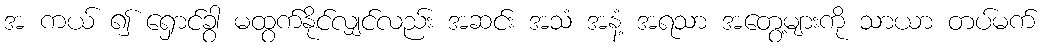
အ ကယ် ၍ ရှောင်ခွာ မထွက်နိုင်လျှင်လည်း အဆင်း အသံ အနံ့ အရသာ အတွေ့များကို သာယာ တပ်မက်